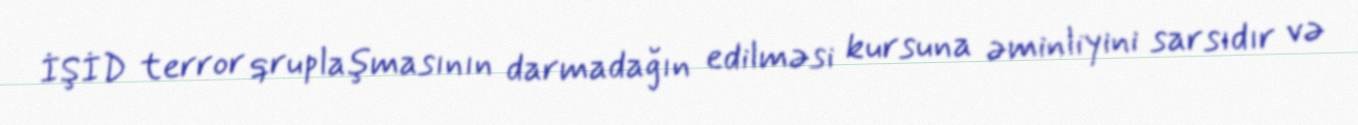
İŞİD terror qruplaşmasının darmadağın edilməsi kursuna əminliyini sarsıdır və